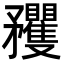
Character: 矡